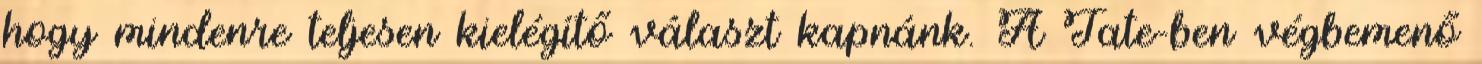
hogy mindenre teljesen kielégítő választ kapnánk. A Tate-ben végbemenő